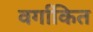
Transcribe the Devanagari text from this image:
वर्गाकित